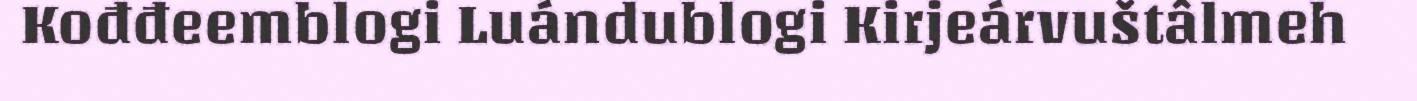
Kođđeemblogi Luándublogi Kirjeárvuštâlmeh